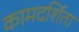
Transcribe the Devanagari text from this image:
कामदर्शिता